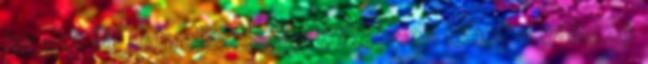
ha azt jól műveljük hogy miképpen lehet a változó